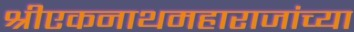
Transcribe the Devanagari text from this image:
श्रीएकनाथमहाराजांच्या